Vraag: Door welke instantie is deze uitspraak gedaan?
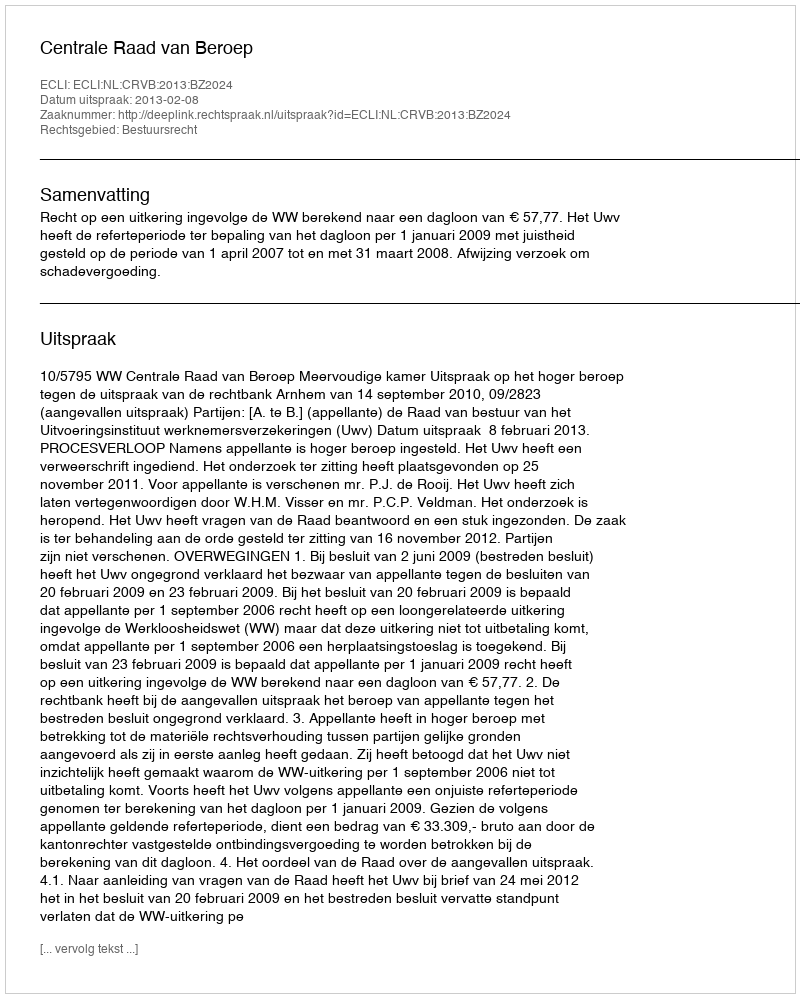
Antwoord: Centrale Raad van Beroep